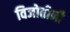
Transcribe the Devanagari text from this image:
विजोतीनी